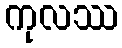
ကုလဿ